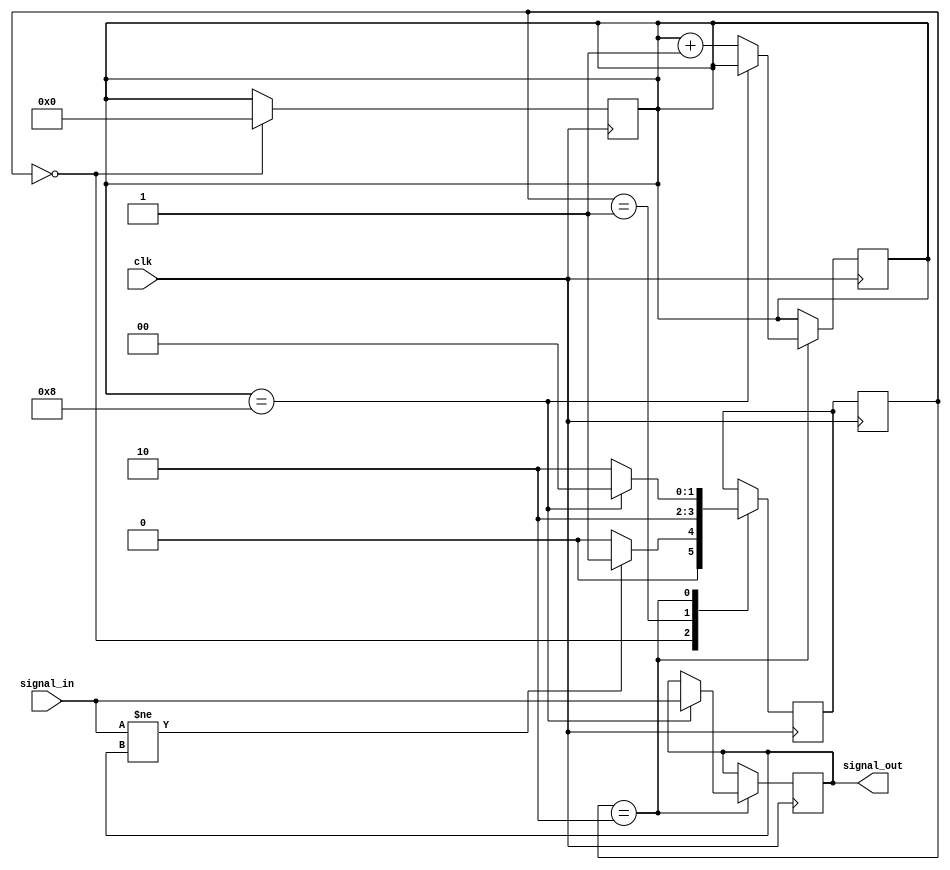
module debounce_circuit (
    input wire signal_in,
    input wire clk,
    output reg signal_out
);

// Define states for the FSM
parameter WAITING = 2'b00;
parameter TRANSITION = 2'b01;
parameter DEBOUNCE = 2'b10;

// Define current state and next state variables
reg [1:0] state, next_state;

// Define debounce counter
reg [7:0] debounce_counter;

// State machine logic
always @(posedge clk) begin
    state <= next_state;
    
    case(state)
        WAITING: begin
            if (signal_in != signal_out) begin
                next_state <= TRANSITION;
            end else begin
                next_state <= WAITING;
            end
        end

        TRANSITION: begin
            next_state <= DEBOUNCE;
        end

        DEBOUNCE: begin
            if (debounce_counter == 8) begin
                signal_out <= signal_in;
                next_state <= WAITING;
            end else begin
                debounce_counter <= debounce_counter + 1;
                next_state <= DEBOUNCE;
            end
        end
    endcase
end

// Reset debounce counter
always @(posedge clk) begin
    if (state == WAITING) begin
        debounce_counter <= 0;
    end
end

endmodule